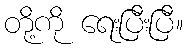
တို့ကို ရေးပြီးပြီ။